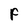
Character: F